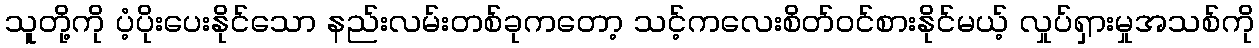
သူတို့ကို ပံ့ပိုးပေးနိုင်သော နည်းလမ်းတစ်ခုကတော့ သင့်ကလေးစိတ်ဝင်စားနိုင်မယ့် လှုပ်ရှားမှုအသစ်ကို